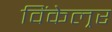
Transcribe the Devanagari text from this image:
विंकेल्रर